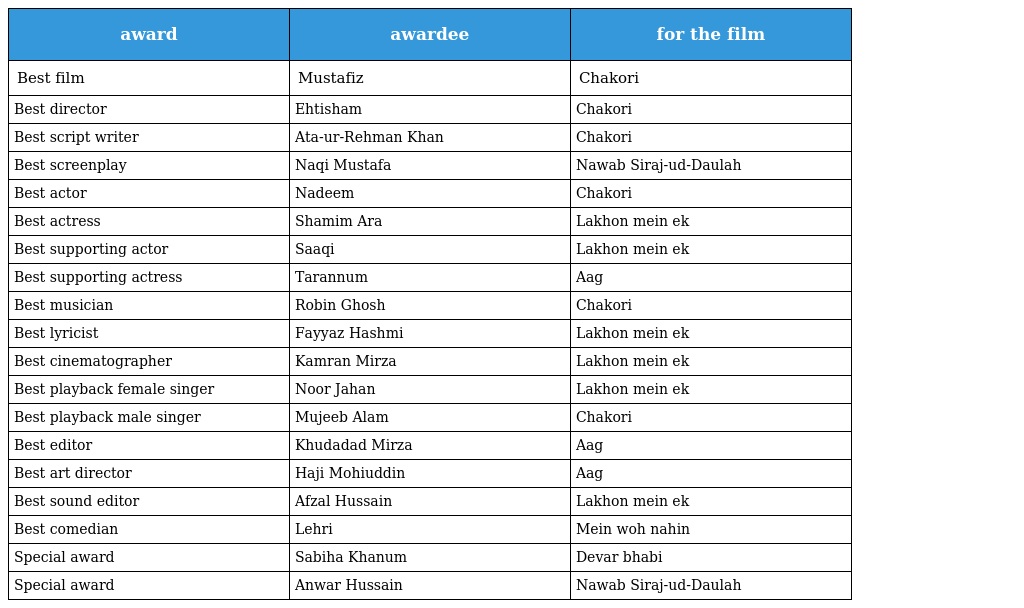
| award | awardee | for the film |
 | --- | --- | --- |
 | Best film | Mustafiz | Chakori |
 | Best director | Ehtisham | Chakori |
 | Best script writer | Ata-ur-Rehman Khan | Chakori |
 | Best screenplay | Naqi Mustafa | Nawab Siraj-ud-Daulah |
 | Best actor | Nadeem | Chakori |
 | Best actress | Shamim Ara | Lakhon mein ek |
 | Best supporting actor | Saaqi | Lakhon mein ek |
 | Best supporting actress | Tarannum | Aag |
 | Best musician | Robin Ghosh | Chakori |
 | Best lyricist | Fayyaz Hashmi | Lakhon mein ek |
 | Best cinematographer | Kamran Mirza | Lakhon mein ek |
 | Best playback female singer | Noor Jahan | Lakhon mein ek |
 | Best playback male singer | Mujeeb Alam | Chakori |
 | Best editor | Khudadad Mirza | Aag |
 | Best art director | Haji Mohiuddin | Aag |
 | Best sound editor | Afzal Hussain | Lakhon mein ek |
 | Best comedian | Lehri | Mein woh nahin |
 | Special award | Sabiha Khanum | Devar bhabi |
 | Special award | Anwar Hussain | Nawab Siraj-ud-Daulah |